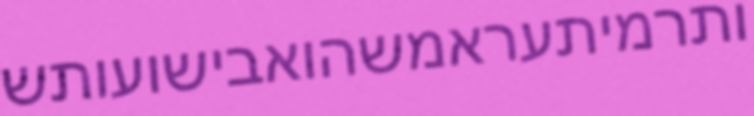
ותרמיתעראמשהואבישועותש